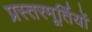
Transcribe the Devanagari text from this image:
प्रस्तरमूर्तियों